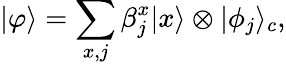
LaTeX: |\varphi\rangle=\sum_{x,j}\beta_{j}^{x}|x\rangle\otimes|\phi_{j}\rangle_{c},